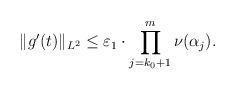
LaTeX: \begin{align*}\|g'(t)\|_{L^2}\leq \varepsilon_1\cdot\prod_{j=k_0+1}^m\nu(\alpha_j).\end{align*}